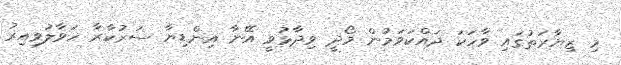
މި ޒިޔާރަތުގައި ވާހަކަ ދައްކަވަމުން މޯދީ ވިދާޅުވީ އޭނާ އިންޑިޔާ ސަރުކާރާ ހަވާލުވިއިރު